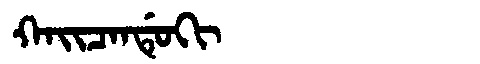
Manchu: ᡴᠠᡳᠴᠠᠨᡩᡠᡴᡳ
Romanization: KAICANDUKI